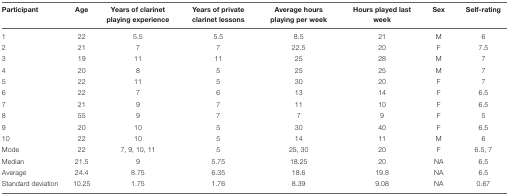
<table><thead><tr><td><b>Participant</b></td><td><b>Age</b></td><td><b>Years of clarinet playing experience</b></td><td><b>Years of private clarinet lessons</b></td><td><b>Average hours playing per week</b></td><td><b>Hours played last week</b></td><td><b>Sex</b></td><td><b>Self-rating</b></td></tr></thead><tbody><tr><td>1</td><td>22</td><td>5.5</td><td>5.5</td><td>8.5</td><td>21</td><td>M</td><td>6</td></tr><tr><td>2</td><td>21</td><td>7</td><td>7</td><td>22.5</td><td>20</td><td>F</td><td>7.5</td></tr><tr><td>3</td><td>19</td><td>11</td><td>11</td><td>25</td><td>28</td><td>M</td><td>7</td></tr><tr><td>4</td><td>20</td><td>8</td><td>5</td><td>25</td><td>25</td><td>M</td><td>7</td></tr><tr><td>5</td><td>22</td><td>11</td><td>5</td><td>30</td><td>20</td><td>F</td><td>7</td></tr><tr><td>6</td><td>22</td><td>7</td><td>6</td><td>13</td><td>14</td><td>F</td><td>6.5</td></tr><tr><td>7</td><td>21</td><td>9</td><td>7</td><td>11</td><td>10</td><td>F</td><td>6.5</td></tr><tr><td>8</td><td>55</td><td>9</td><td>7</td><td>7</td><td>9</td><td>F</td><td>5</td></tr><tr><td>9</td><td>20</td><td>10</td><td>5</td><td>30</td><td>40</td><td>F</td><td>6.5</td></tr><tr><td>10</td><td>22</td><td>10</td><td>5</td><td>14</td><td>11</td><td>M</td><td>6</td></tr><tr><td>Mode</td><td>22</td><td>7, 9, 10, 11</td><td>5</td><td>25, 30</td><td>20</td><td>F</td><td>6.5, 7</td></tr><tr><td>Median</td><td>21.5</td><td>9</td><td>5.75</td><td>18.25</td><td>20</td><td>NA</td><td>6.5</td></tr><tr><td>Average</td><td>24.4</td><td>8.75</td><td>6.35</td><td>18.6</td><td>19.8</td><td>NA</td><td>6.5</td></tr><tr><td>Standard deviation</td><td>10.25</td><td>1.75</td><td>1.76</td><td>8.39</td><td>9.08</td><td>NA</td><td>0.67</td></tr></tbody></table>